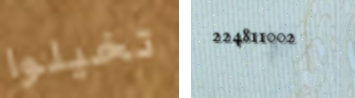
تخيلوا 224811002